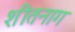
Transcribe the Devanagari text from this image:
शीतनाग